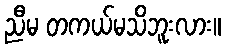
ညီမ တကယ်မသိဘူးလား။